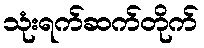
သုံးရက်ဆက်တိုက်